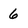
Character: 6